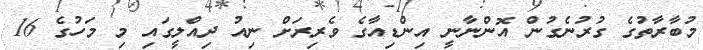
މުބާރާތުގެ ގުރުނެގުން އޮންނާނީ އިންޑިއާގެ ވެރިރަށް ނިއު ދިއްލީގައި މި މަހުގެ 16